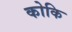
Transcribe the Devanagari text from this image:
कोकि